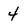
Character: 4